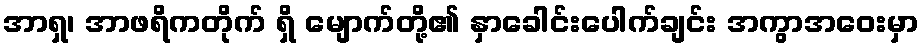
အာရှ၊ အာဖရိကတိုက် ရှိ မျောက်တို့၏ နှာခေါင်းပေါက်ချင်း အကွာအဝေးမှာ